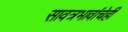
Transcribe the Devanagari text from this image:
सावत्रभावांचेही